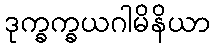
ဒုက္ခက္ခယဂါမိနိယာ